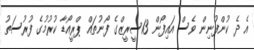
އެ ދެ ކުންފުނިން ވެސް އައިފޯން 13ސީރީޒްގެ ފޯނުތައް ޕްރީއޯޑާ ކުރުމުގެ ފުރުސަތު